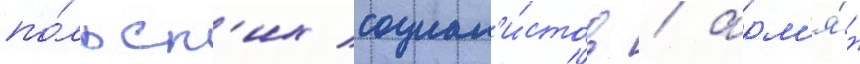
по́льск'их социал'и́стов / арм'я́н